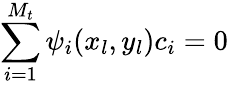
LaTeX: \sum_{i=1}^{M_{t}}\psi_{i}(x_{l},y_{l})c_{i}=0